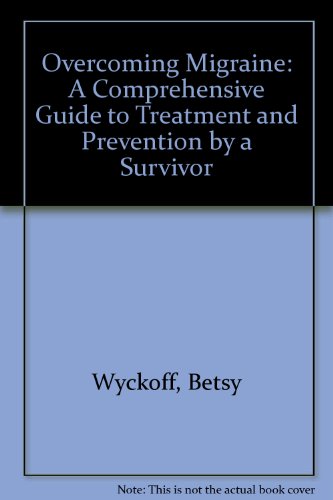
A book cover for Overcoming Migraine: A Comprehensive Guide to Treatment and Prevention by a Survivor; Betsy Wyckoff; Health, Fitness & Dieting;